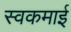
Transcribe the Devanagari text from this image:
स्वकमाई